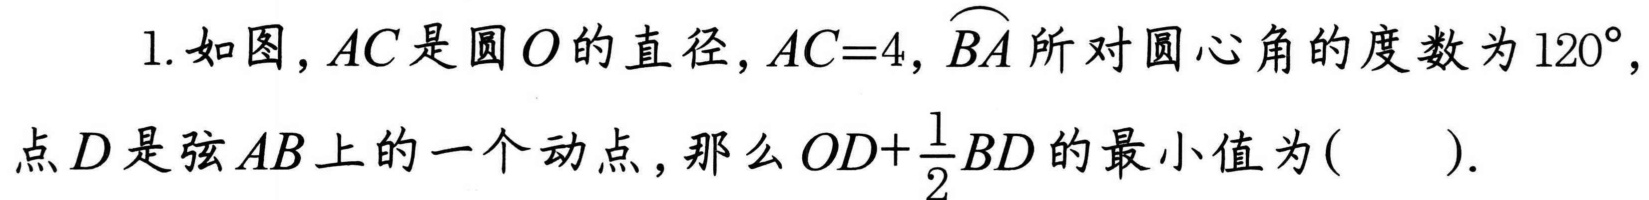
1. 如图，\(AC\)是圆\(O\)的直径，\(AC = 4\)，\(\overset{\frown}{BA}\)所对圆心角的度数为\(120^{\circ}\)，点\(D\)是弦\(AB\)上的一个动点，那么\(OD+\frac{1}{2}BD\)的最小值为( ).